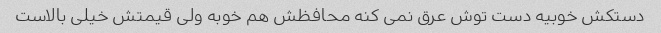
دستکش خوبیه دست توش عرق نمی کنه محافظش هم خوبه ولی قیمتش خیلی بالاست